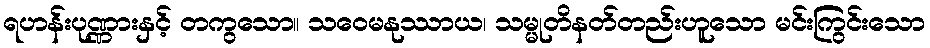
ရဟန်းပုဏ္ဏားနှင့် တကွသော။ သဝေမနုဿာယ၊ သမ္မုတိနတ်တည်းဟူသော မင်းကြွင်းသော